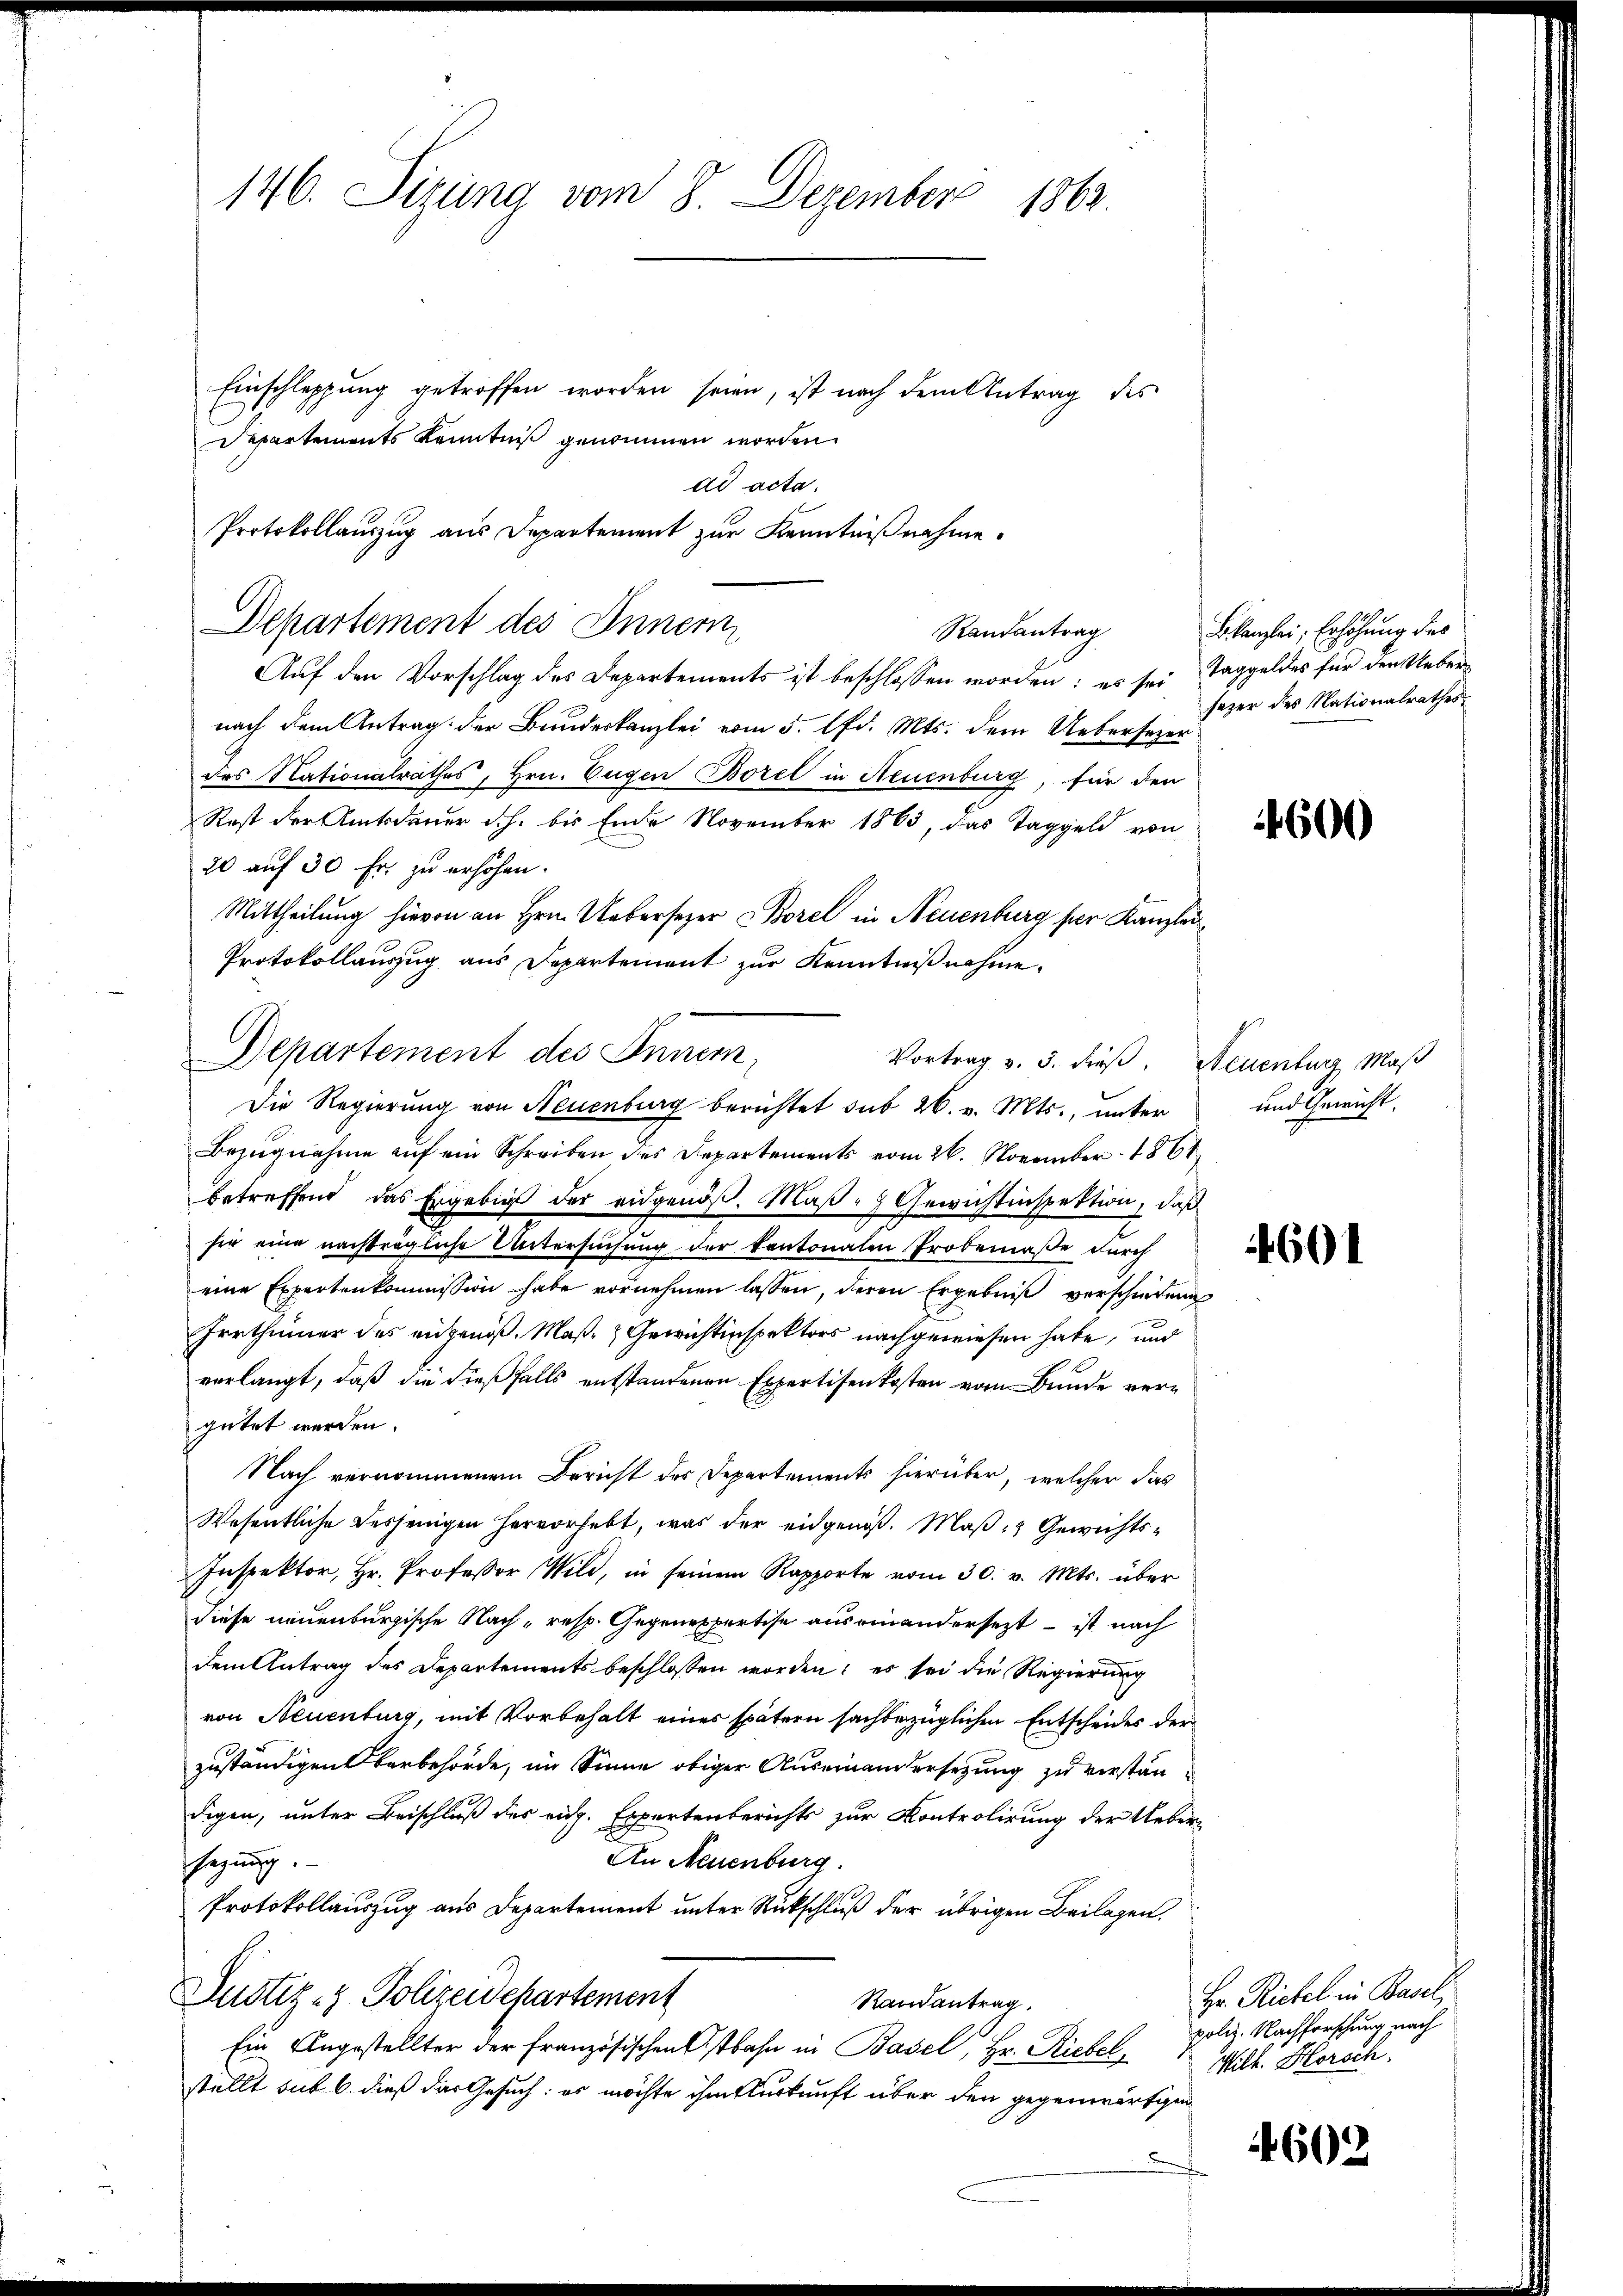
146. Sizung vom 8. Dezember
1004.
Einschleppung getroffen worden seien, ist nach dem Antrag des
Departements Kenntniß genommen worden.

dd acta.
Protokollauszug aus Departement zur Kenntnißnahme.

Departement des Innern
Randantrag

Auf den Vorschlag des Departements ist beschlossen worden; es sei Taggeldes für den Ueber
nach dem Antrag der Bundeskanzlei vom 5. d. Mts. dem Uebersezer
des Nationalrathes, Hrn. Eugen Borel in Neuenburg, für den
Rost der Amtsdauer d.h. bis Ende November 1863, das Taggeld von
20 auf 30 Fr. zu erhöhen.
Mittheilung hievon an Hrn. Uebersezer Borel in Neuenburg der Kanzlei
Protokollauszug aus Departement zur Kenntnißnahme.

Departement des Innen,
Vortrag v. 3. dieß. Neuenburg Maß
Die Regierung von Neuenburg berichtet sub 26. v. Mts., unter

Bezugnahme auf ein Schreiben des Departements vom 26. November 1861
betreffend das Ergebniß der eidgenöß. Maß - Gewichtinspektion, daß
sie eine nachträgliche Untersuchung der kantonalen Probemaße durch
eine Expertenkommission habe vornehmen lassen, deren Ergebniβ verschiedene
Irrthümer des angenoß, Maß- & Gewichtinspektors nachgewiesen habe, und
verlangt, daß die dießfalls entstandenen Expertisenkosten vom Bunde vergütet werden.
Nach vernommenen Bericht des Departements hierüber, welcher das
Wesentliche desjenigen hervorhebt, was der eidgenoß. Maß: Gewichts-
Inspektor, Hr. Professor Wild, in seinem Rapporte vom 30. v. Mts. über
diese neuenburgische Nach - resp. Gegenespertise aus einandersezt – ist nach
dem Antrag des Departements beschlossen worden; es sei die Regierung
von Neuenburg, mit Vorbehalt eines spätern sachbezüglichen Entscheides der
zuständigen Verbehörde, im Sinne obiger Auseinandersetzung zu verstandigen, unter Beischluß des rich. Expertenberichts zur Kontrolirung der Ueber¬
An Neuenburg
sezung.
Protokollauszug aus Departement unter Rückschluß der übrigen Beilagen,
Justiz- & Polizeidepartement
Randantrag.
Ein Angestellter der französischen Ostbahn in Basel, Hr. Riebel,
stellt sub 6. dieß das Gesuch: es möchte ihm urkunft über den gegenwärtigen

Bkanzlei, Erhöhung des
sazer des Nationalrathes

600

und Gewicht,

4601

Hr. Rickel in Basel,
poliz. Nachforschung nach
Mill. Horsch.

4602